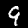
Label: 9